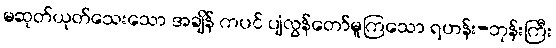
မဆုတ်ယုတ်သေးသော အချိန် ကပင် ပျံလွန်တော်မူကြသော ရဟန်း-ဘုန်းကြီး